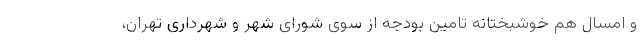
و امسال هم خوشبختانه تامین بودجه از سوی شورای شهر و شهرداری تهران،